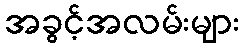
အခွင့်အလမ်းများ